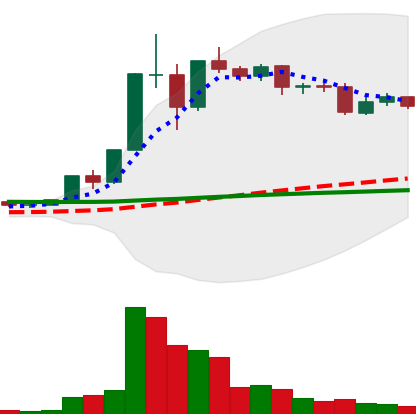
Ticker: XLM-USD
Chart end date: 2020-12-07
Forward return: -5.645%
Label: down_5_7